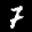
Label: 7